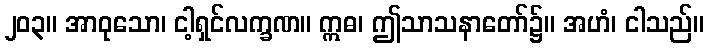
၂၀၃။ အာဝုသော၊ ငါ့ရှင်လက္ခဏ။ ဣဓ၊ ဤသာသနာတော်၌။ အဟံ၊ ငါသည်။